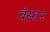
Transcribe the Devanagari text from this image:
बॅस्टर